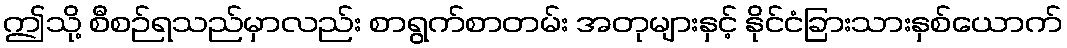
ဤသို့ စီစဉ်ရသည်မှာလည်း စာရွက်စာတမ်း အတုများနှင့် နိုင်ငံခြားသားနှစ်ယောက်